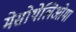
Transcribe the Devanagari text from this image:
मेसोथेलिओमा